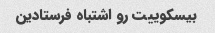
بیسکوییت رو اشتباه فرستادین